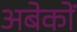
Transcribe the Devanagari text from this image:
अबेकों